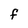
Character: F